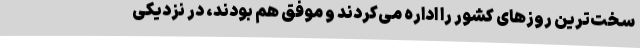
سخت‌ترین روزهای کشور را اداره می‌کردند و موفق هم بودند، در نزدیکی